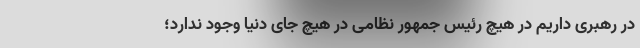
در رهبری داریم در هیچ رئیس جمهور نظامی در هیچ جای دنیا وجود ندارد؛